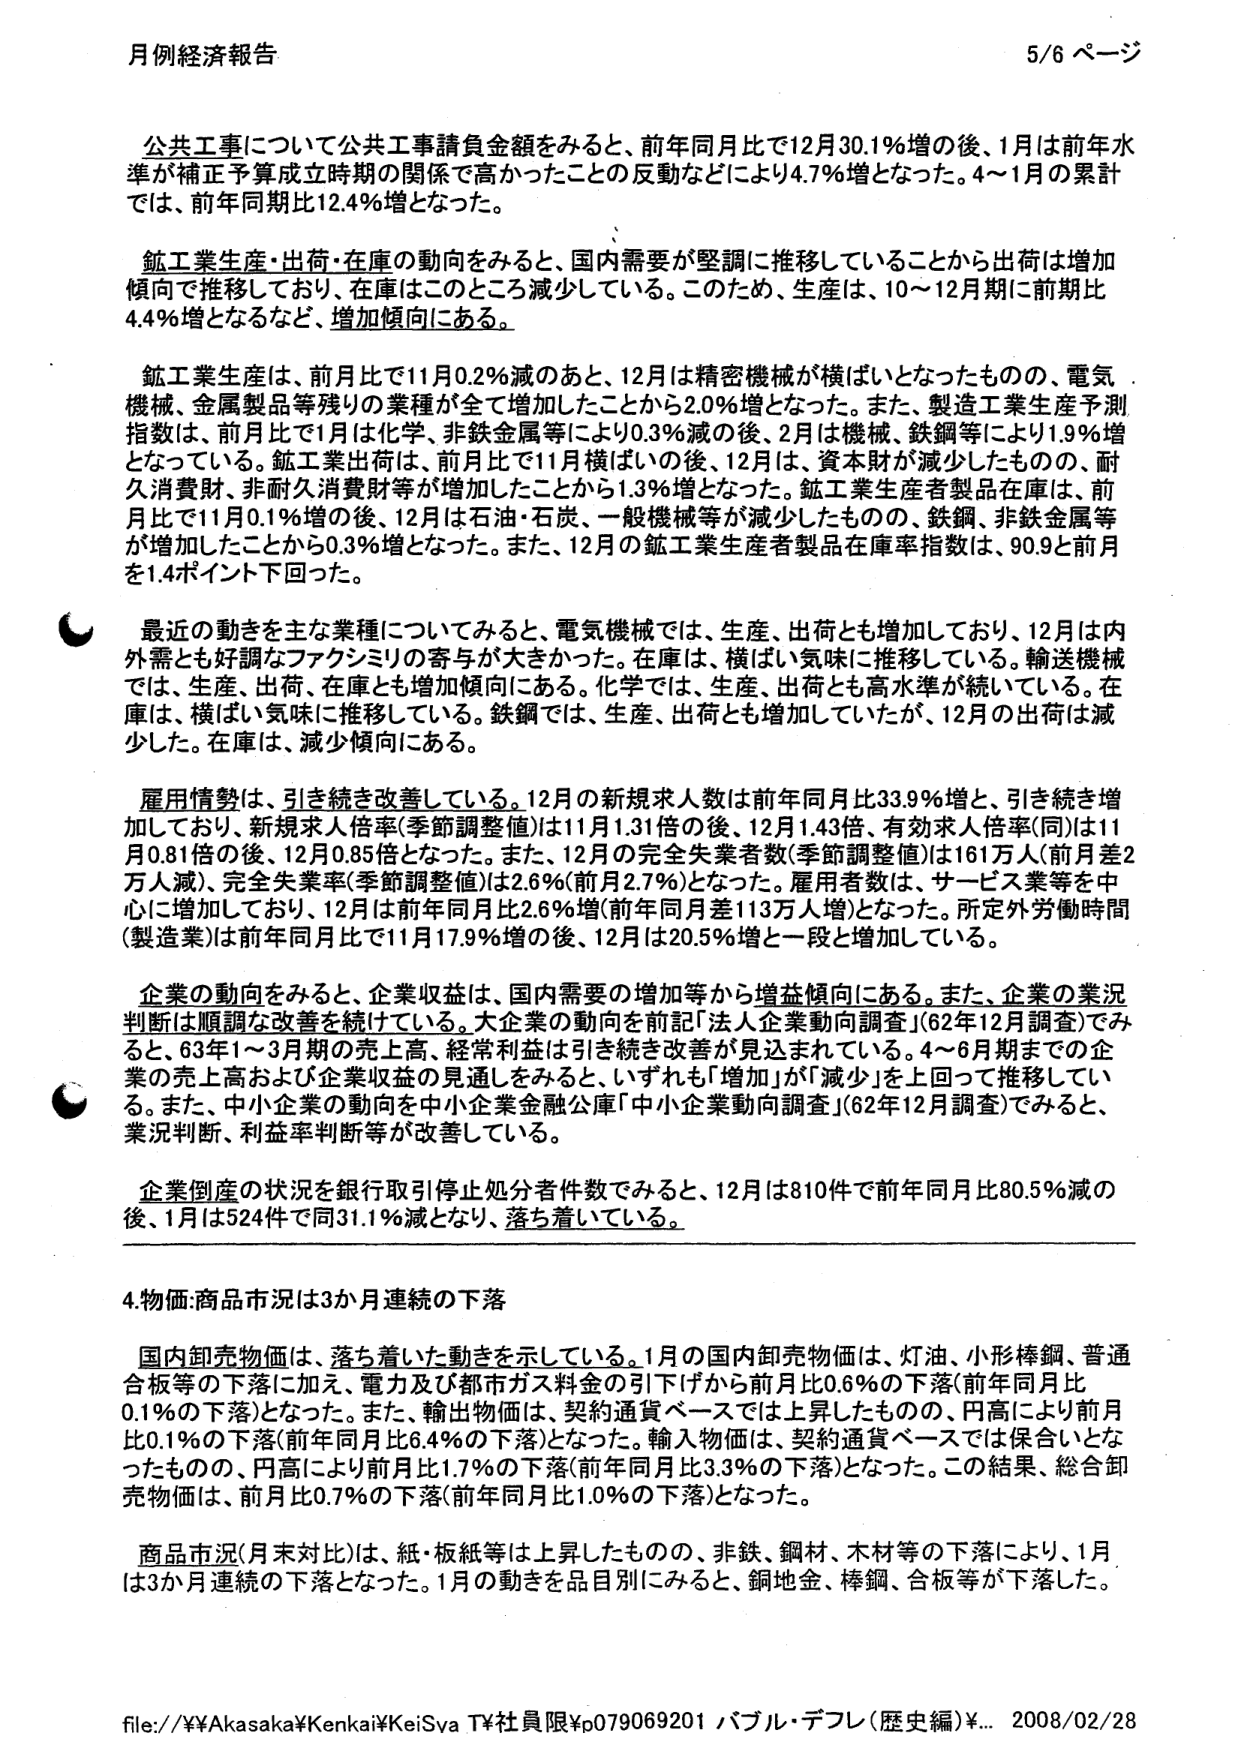
月例経済報告 5/6ページ

公共工事について公共工事請負金額をみると、前年同月比で12月30.1%増の後、1月は前年水準が補正予算成立時期の関係で高かったことの反動などにより4.7%増となった。4～1月の累計では、前年同期比12.4%増となった。

鉱工業生産・出荷・在庫の動向をみると、国内需要が堅調に推移していることから出荷は増加傾向で推移しており、在庫はこのところ減少している。このため、生産は、10～12月期に前期比4.4%増となるなど、増加傾向にある。

鉱工業生産は、前月比で11月0.2%減のあと、12月は精密機械が横ばいとなったものの、電気機械、金属製品等残りの業種が全て増加したことから2.0%増となった。また、製造工業生産予測指数は、前月比で1月は化学、非鉄金属等により0.3%減の後、2月は機械、鉄鋼等により1.9%増となっている。鉱工業出荷は、前月比で11月横ばいの後、12月は、資本財が減少したものの、耐久消費財、非耐久消費財等が増加したことから1.3%増となった。鉱工業生産者製品在庫は、前月比で11月0.1%増の後、12月は石油・石炭、一般機械等が減少したものの、鉄鋼、非鉄金属等が増加したことから0.3%増となった。また、12月の鉱工業生産者製品在庫率指数は、90.9と前月を1.4ポイント下回った。

最近の動きを主な業種についてみると、電気機械では、生産、出荷とも増加しており、12月は内外需とも好調なファクシミリの寄与が大きかった。在庫は、横ばい気味に推移している。輸送機械では、生産、出荷、在庫とも増加傾向にある。化学では、生産、出荷とも高水準が続いている。在庫は、横ばい気味に推移している。鉄鋼では、生産、出荷とも増加していたが、12月の出荷は減少した。在庫は、減少傾向にある。

雇用情勢は、引き続き改善している。12月の新規求人数は前年同月比33.9%増と、引き続き増加しており、新規求人倍率(季節調整値)は11月1.31倍、12月1.43倍、有効求人倍率(同)は11月0.81倍の後、12月0.85倍となった。また、12月の完全失業者数(季節調整値)は161万人(前月差2万人減)、完全失業率(季節調整値)は2.6%(前月2.7%)となった。雇用者数は、サービス業等を中心に増加しており、12月は前年同月比2.6%増(前年同月差113万人増)となった。所定外労働時間(製造業)は前年同月比で11月17.9%増の後、12月は20.5%増と一段と増加している。

企業の動向をみると、企業収益は、国内需要の増加等から増益傾向にある。また、企業の業況判断は順調な改善を続けている。大企業の動向を前記「法人企業動向調査」(62年12月調査)でみると、63年1～3月期の売上高、経常利益は引き続き改善が見込まれている。4～6月期までの企業の売上高および企業収益の見通しをみると、いずれも「増加」が「減少」を上回って推移している。また、中小企業の動向を中小企業金融公庫「中小企業動向調査」(62年12月調査)でみると、業況判断、利益率判断等が改善している。

企業倒産の状況を銀行取引停止処分者件数でみると、12月は810件で前年同月比80.5%減の後、1月は524件で同31.1%減となり、落ち着いている。

4.物価・商品市況は3か月連続の下落

国内卸売物価は、落ち着いた動きを示している。1月の国内卸売物価は、灯油、小形棒鋼、普通合板等の下落に加え、電力及び都市ガス料金の引下げから前月比0.6%の下落(前年同月比0.1%の下落)となった。また、輸出物価は、契約通貨ベースでは上昇したものの、円高により前月比0.1%の下落(前年同月比6.4%の下落)となった。輸入物価は、契約通貨ベースでは保合いとなったものの、円高により前月比1.7%の下落(前年同月比3.3%の下落)となった。この結果、総合卸売物価は、前月比0.7%の下落(前年同月比1.0%の下落)となった。

商品市況(月末対比)は、紙・板紙等は上昇したものの、非鉄、鋼材、木材等の下落により、1月は3か月連続の下落となった。1月の動きを品目別にみると、銅地金、棒鋼、合板等が下落した。

file://¥¥Akasaka¥Kenkai¥KeiSya TY社員限¥p079069201 バブル・デフレ(歴史編)¥... 2008/02/28